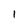
Character: 1